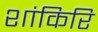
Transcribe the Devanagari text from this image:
शांकिरि